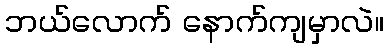
ဘယ်လောက် နောက်ကျမှာလဲ။